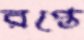
রপ্তে